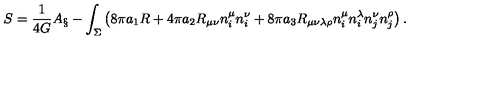
S = { \frac { 1 } { 4 G } } A _ { \S } - \int _ { \Sigma } \left( 8 \pi a _ { 1 } R + 4 \pi a _ { 2 } R _ { \mu \nu } n _ { i } ^ { \mu } n _ { i } ^ { \nu } + 8 \pi a _ { 3 } R _ { \mu \nu \lambda \rho } n _ { i } ^ { \mu } n _ { i } ^ { \lambda } n _ { j } ^ { \nu } n _ { j } ^ { \rho } \right) .